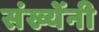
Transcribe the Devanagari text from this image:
संख्येंनी